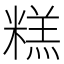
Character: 糕